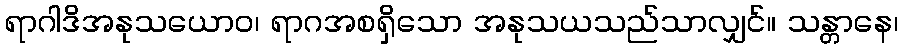
ရာဂါဒိအနုသယောဝ၊ ရာဂအစရှိသော အနုသယသည်သာလျှင်။ သန္တာနေ၊